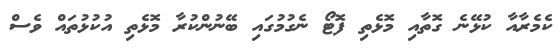
ކެމެރާއާ ކުޅޭނެ ގޮތާއި މޮޅެތި ފޮޓޯ ނެގުމުގައި ބޭނުންކުރާ މޮޅެތި އުކުޅުތައް ވެސް